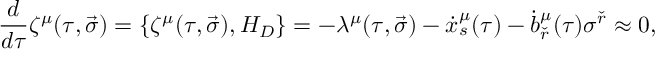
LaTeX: { \frac { d } { d \tau } } \zeta ^ { \mu } ( \tau , \vec { \sigma } ) = \lbrace \zeta ^ { \mu } ( \tau , \vec { \sigma } ) , H _ { D } \rbrace = - \lambda ^ { \mu } ( \tau , \vec { \sigma } ) - { \dot { x } } _ { s } ^ { \mu } ( \tau ) - { \dot { b } } _ { \check { r } } ^ { \mu } ( \tau ) \sigma ^ { \check { r } } \approx 0 ,